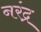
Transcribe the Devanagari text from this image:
नरंद्र